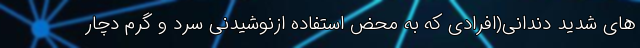
های شدید دندانی(افرادی که به محض استفاده ازنوشیدنی سرد و گرم دچار